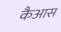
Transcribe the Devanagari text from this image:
कैआस